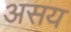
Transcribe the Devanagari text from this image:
असय